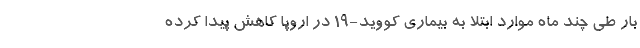
بار طی چند ماه موارد ابتلا به بیماری کووید-۱۹ در اروپا کاهش پیدا کرده